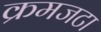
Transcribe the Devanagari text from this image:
क्रमजटा